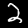
Label: 2